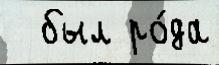
  был ро́да